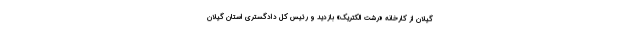
گیلان از کارخانه «رشت الکتریک» بازدید و رئیس کل دادگستری استان گیلان